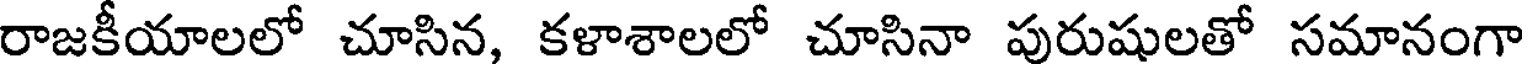
రాజకీయాలలో చూసిన, కళాశాలలో చూసినా పురుషులతో సమానంగా